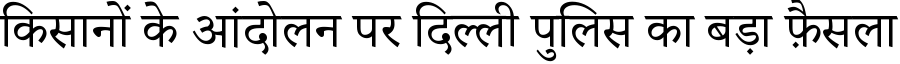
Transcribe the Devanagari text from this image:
किसानों के आंदोलन पर दिल्ली पुलिस का बड़ा फ़ैसला